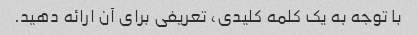
با توجه به یک کلمه کلیدی، تعریفی برای آن ارائه دهید.